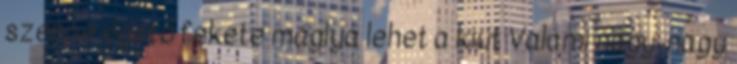
szénné égető fekete máglya lehet a kiút Valami nagy-nagy